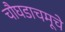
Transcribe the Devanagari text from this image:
चौघडाचमूचे